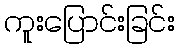
ကူးပြောင်းခြင်း